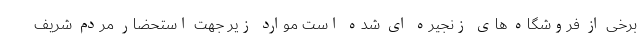
برخی از فروشگاه های زنجیره ای شده است موارد زیر جهت استحضار مردم شریف